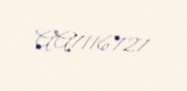
AA7116727